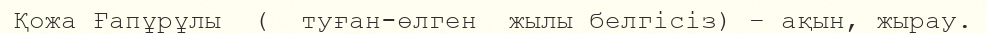
Қожа Ғапұрұлы  (  туған-өлген  жылы белгісіз) – ақын, жырау.